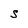
Character: S